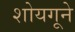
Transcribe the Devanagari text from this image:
शोयगूने